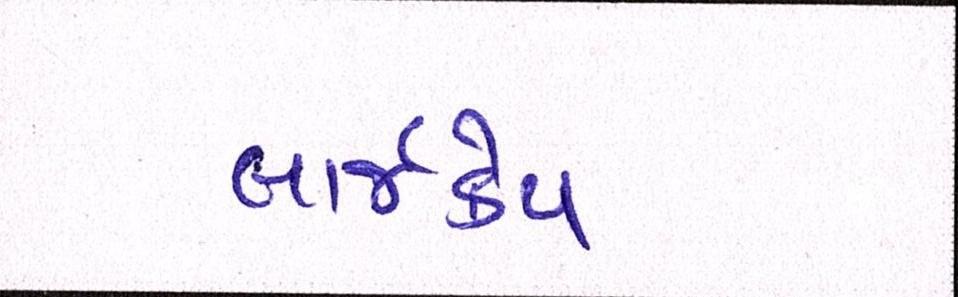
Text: લાર્જકેપ